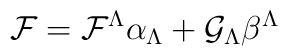
{\cal F} = {\cal F}^\Lambda\alpha_\Lambda +{\cal G}_\Lambda \beta^\Lambda